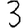
Digit: 3